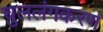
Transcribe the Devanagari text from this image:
चुललंगकरण